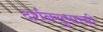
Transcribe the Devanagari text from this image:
दर्शनसुधारसी